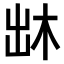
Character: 𠚐